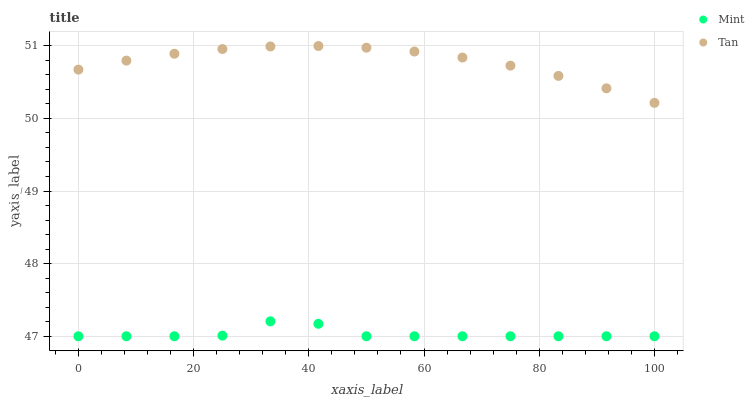
| xaxis_label | Mint | Tan |
 | --- | --- | --- |
 | 0 | 47 | 50.7 |
 | 8.33 | 47 | 50.8 |
 | 16.7 | 47 | 50.9 |
 | 25 | 47 | 51 |
 | 33.3 | 47.2 | 51 |
 | 41.7 | 47.2 | 51 |
 | 50 | 47 | 51 |
 | 58.3 | 47 | 50.9 |
 | 66.7 | 47 | 50.8 |
 | 75 | 47 | 50.7 |
 | 83.3 | 47 | 50.6 |
 | 91.7 | 47 | 50.4 |
 | 100 | 47 | 50.2 |